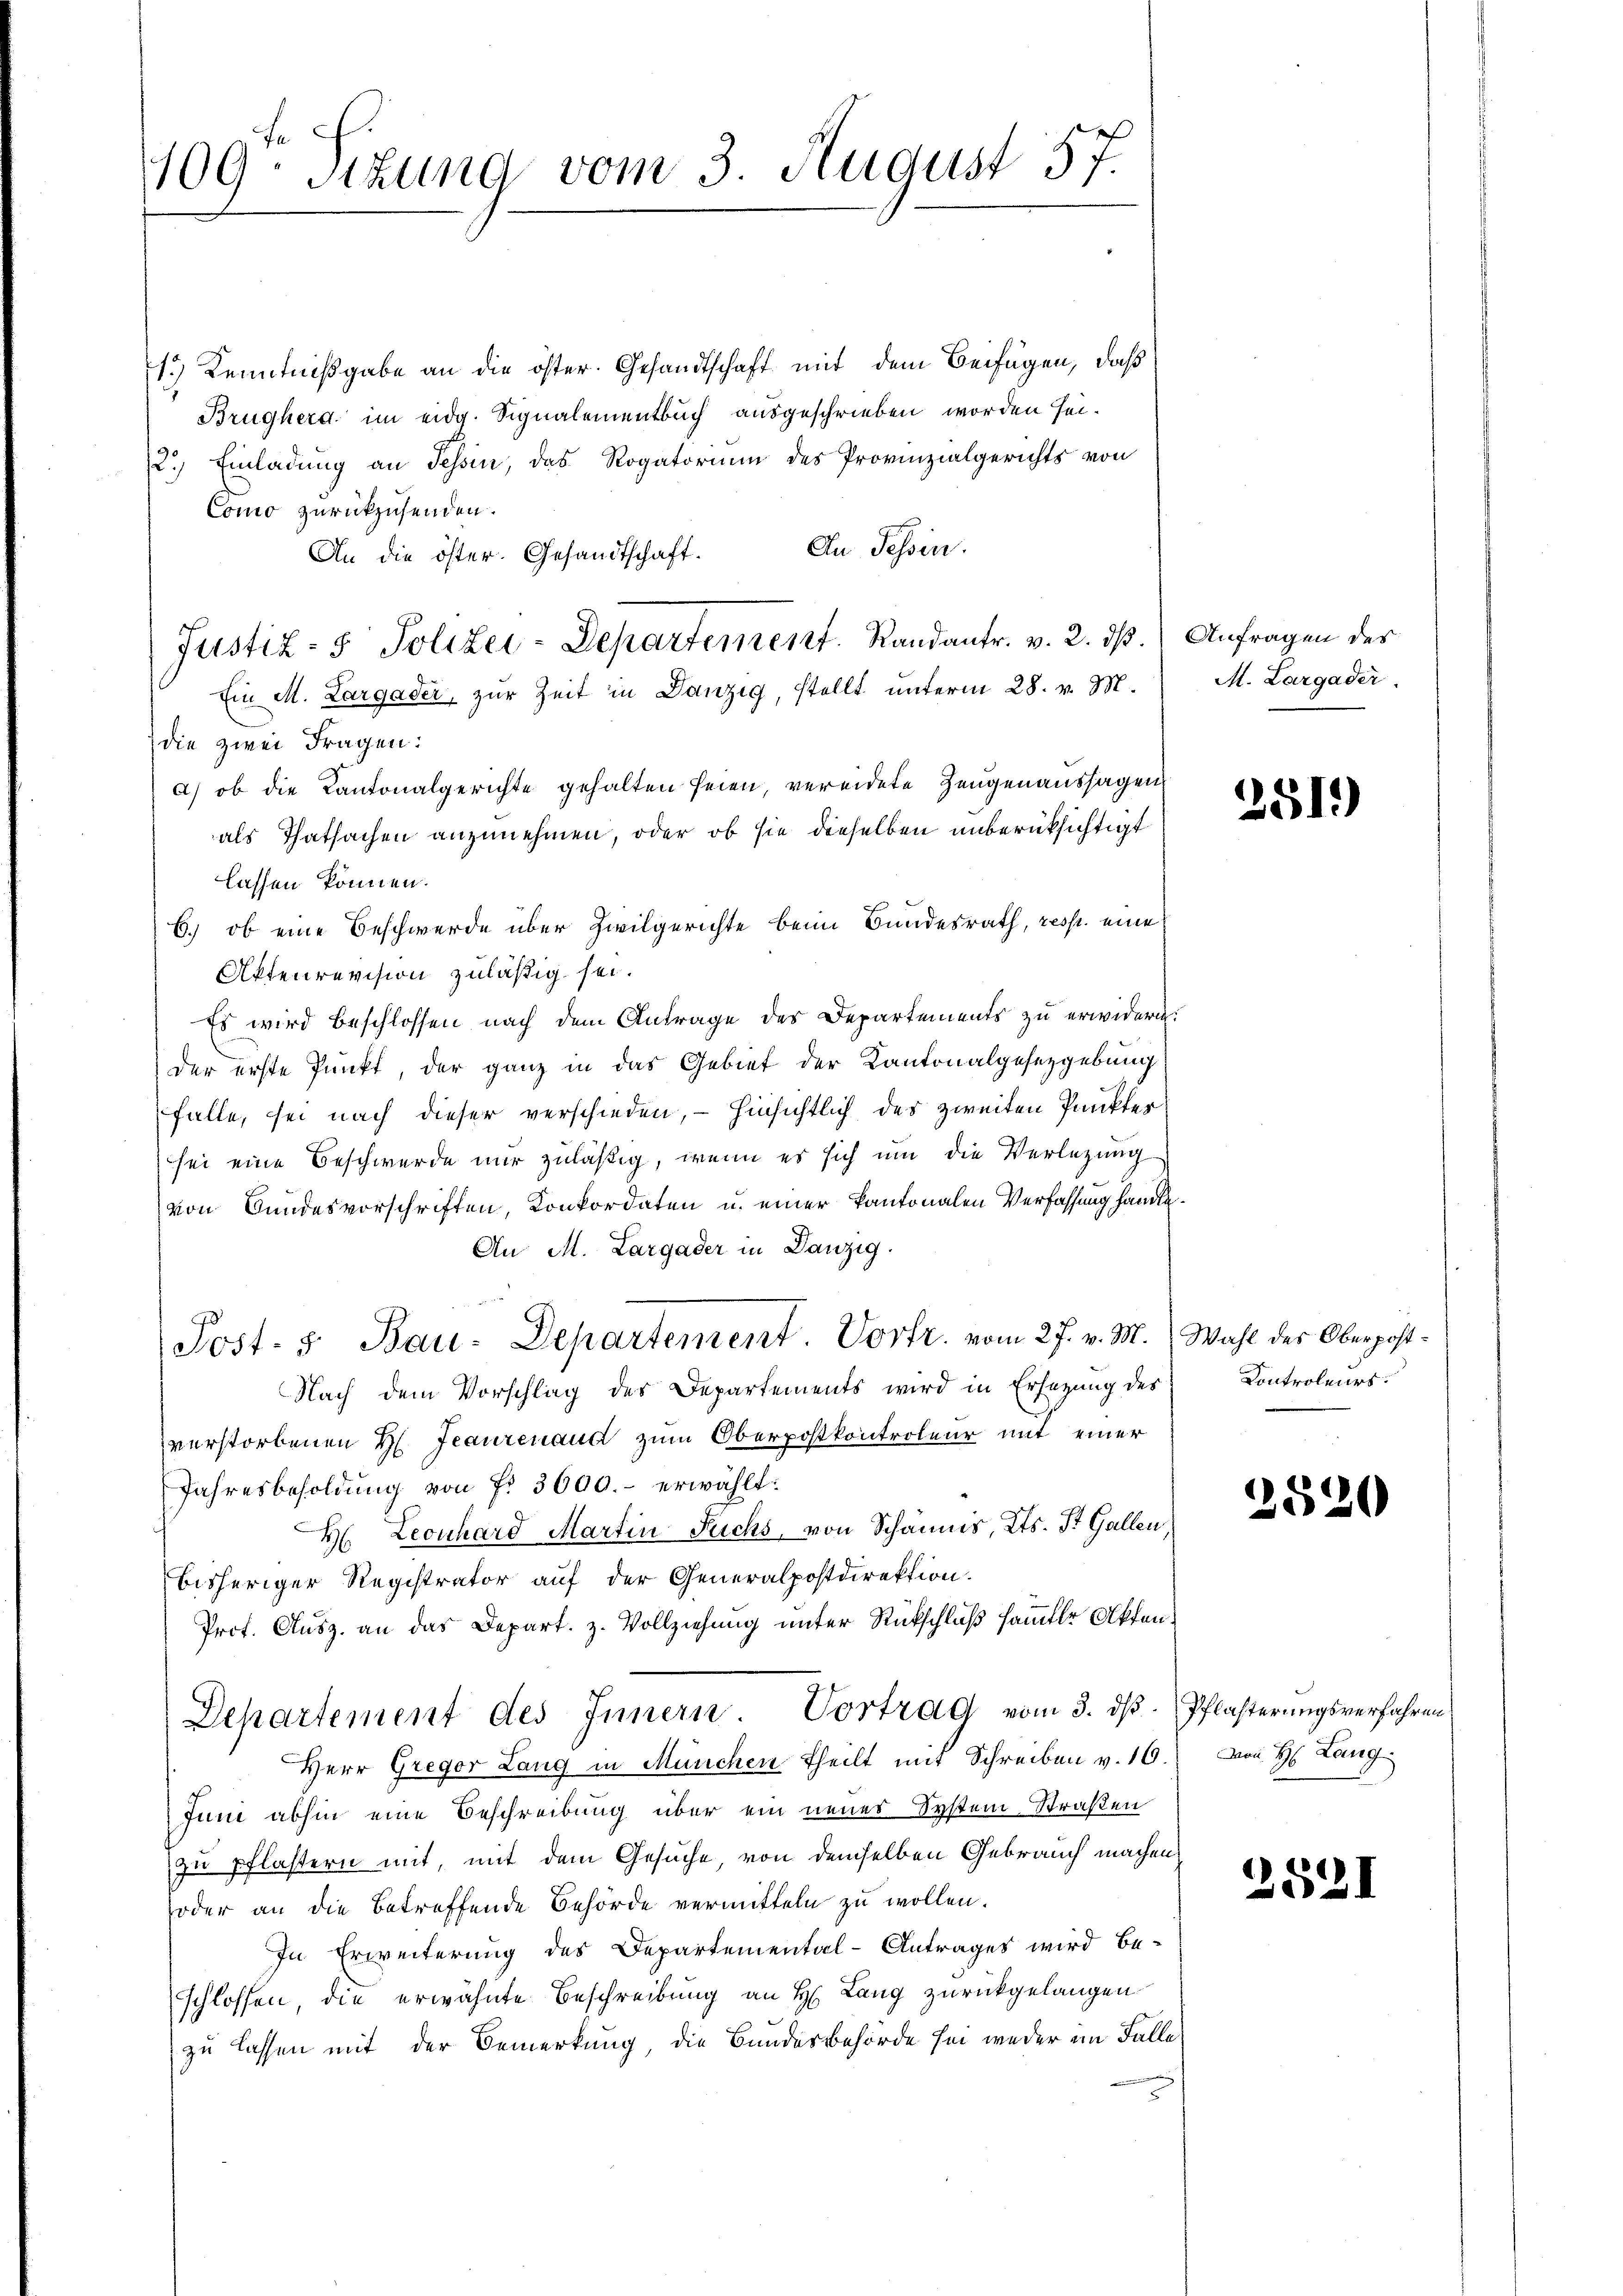
109. Sitzung vom 3. August 57.

1.) Kenntnißgabe an die öster. Gesandtschaft mit dem Beifügen, daß
Brughera im eidg. Signalementbuch ausgeschrieben worden sei.
12.) Einladung an Tessin, das Rogatorium des Provinzialgerichts von
Como zurückzusenden.
An Tessin.
An die öster. Gesandtschaft.
Ein M. Largader, zur Zeit in Danzig, stellt unterm 28. v. M.
die zwei Fragen:
a) ob die Kantonalgerichte gehalten seien, vereidete Zeugenaussagen
als Thatsachen anzunehmen, oder ob sie dieselben unberüksichtigt
lassen können.
6.) ob eine Beschwerde über Zivilgerichte beim Bundesrath, resp. eine
Aktenrevision zuläßig sei.
Es wird beschlossen nach dem Antrage des Departements zu erwidern.
der erste Punkt der ganz in das Gebiet der Kantonalgesetzgebung
falle, sei nach dieser verschieden, – hinsichtlich des zweiten Punkter
sei eine Beschwerde nur zuläßig, wenn es sich um die Verletzung
von Bundesvorschriften, Konkordaten u. einer kantonalen Verfassung handle¬
An M. Largader in Danzig
Post- 5. Bau-Departement. Vorfr. vom 27. v. M. Wahl des Oberpost¬
Nach dem Vorschlag des Departements wird in Ersezung des
verstorbenen H. Jeaurenaus zum Oberpostkontroleur mit einer
Jahresbesoldung von f. 3600.- erwählt:
H. Leonhard Martin Fuchs, von Schännis, Kts. St. Gallen,
bisheriger Registrator auf der Generalpostdirektion.
Prof. Ausz. an das Depart. z. Vollziehung unter Rückschluß sammter Akten¬
Departement des Innern. Vortrag vom 3. dβ. Pflasterungsverfahren
Herr Gregor Lang in München Theilt mit Schreiben v. 10.
Juni abhin eine Beschreibung über ein neues System Straßen
(zu pflastern mit, mit dem Gesuche, von demselben Gebrauch machen,
oder an die betreffende Behörde vermitteln zu wollen.
In Erweiterung des Departemental-Antrages wird be-
schlossen die erwähnte Beschreibung an H. Lang zurückgelangen
zu lassen mit der Bemerkung, die Bundesbehörde sei weder im Falle

Justiz- & Polizei-Departement. Randantr. v. 2. dß.) Anfragen des

M. Largader.

2519)

Kontroleurs.

2520

von H: Lang

2521